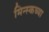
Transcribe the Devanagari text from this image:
मिन्स्कच्या